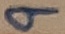
Text: 9